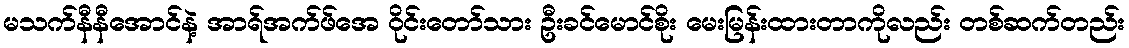
မသက်နီနီအောင်နဲ့ အာရ်အက်ဖ်အေ ဝိုင်းတော်သား ဦးခင်မောင်စိုး မေးမြန်းထားတာကိုလည်း တစ်ဆက်တည်း